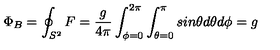
\Phi _ { B } = \oint _ { S ^ { 2 } } F = \frac { g } { 4 \pi } \int _ { \phi = 0 } ^ { 2 \pi } \int _ { \theta = 0 } ^ { \pi } s i n \theta d \theta d \phi = g